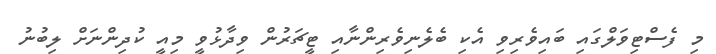
މި ފެސްޓިވަލްގައި ބައިވެރިވި އެކި ބެލެނިވެރިންނާއި ޓީޗަރުން ވިދާޅުވީ މިއީ ކުދިންނަށް ލިބުނު